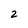
Character: 2